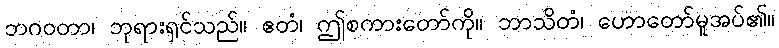
ဘဂဝတာ၊ ဘုရားရှင်သည်။ ဧတံ၊ ဤစကားတော်ကို။ ဘာသိတံ၊ ဟောတော်မူအပ်၏။